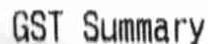
GST SUMMARY